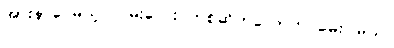
အားနာပေမယ့် လမ်းလေး တစ်ဆိတ်လောက် မေးပါမယ်။